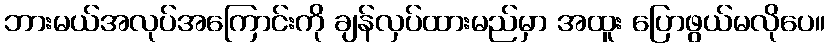
ဘားမယ်အလုပ်အကြောင်းကို ချန်လှပ်ထားမည်မှာ အထူး ပြောဖွယ်မလိုပေ။